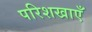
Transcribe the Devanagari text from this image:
परिशखाएँ